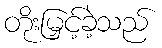
တိုးမြှင့်ခဲ့သည်